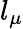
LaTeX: l_{\mu}